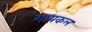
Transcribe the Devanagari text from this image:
गायकल